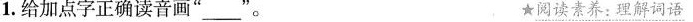
1.给加点字正确读音画”___”。 ★阅读素养：理解词语